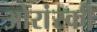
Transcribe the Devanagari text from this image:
ओरांस्की